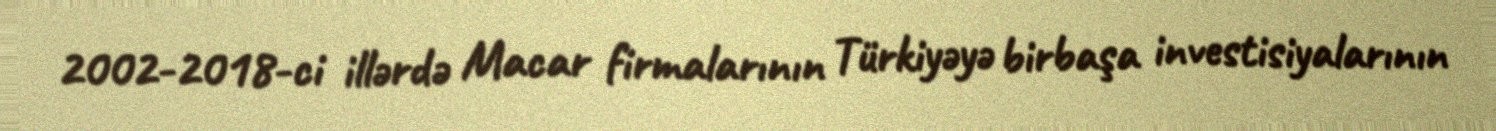
2002-2018-ci illərdə Macar firmalarının Türkiyəyə birbaşa investisiyalarının